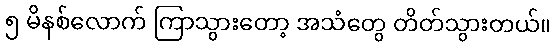
၅ မိနစ်လောက် ကြာသွားတော့ အသံတွေ တိတ်သွားတယ်။